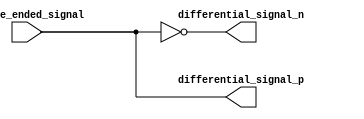
module IO_Buffer (
    input single_ended_signal,
    output differential_signal_p,
    output differential_signal_n
);

assign differential_signal_p = single_ended_signal;
assign differential_signal_n = ~single_ended_signal;

endmodule